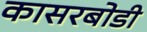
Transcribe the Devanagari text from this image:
कासरबोडी